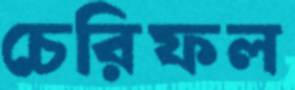
চেরিফল